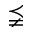
\precneqq